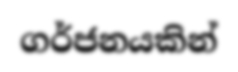
ගර්ජනයකින්